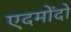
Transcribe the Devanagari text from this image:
एदमोंदो